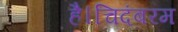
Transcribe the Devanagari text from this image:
है।चिदंबरम